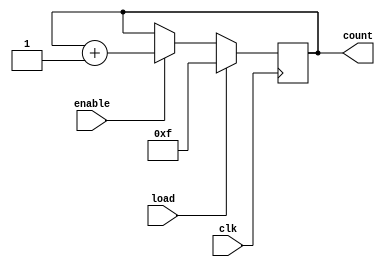
module counter(clk, enable, count, load);
input clk;
input enable, load;
output [3:0]count;
reg [3:0] count;

always @(posedge clk)
  begin
  if (load)
  count<=4'b1111;
  else if (enable) 
   count <= count + 4'd1;
  else
  count <= count;
  end
endmodule